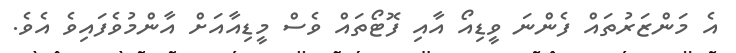
އެ މަންޒަރުތައް ފެންނަ ވީޑިއޯ އާއި ފޮޓޯތައް ވެސް މީޑިއާއަށް އާންމުވެފައިވެ އެވެ.